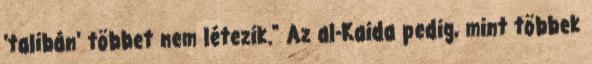
'talibán' többet nem létezik." Az al-Kaida pedig, mint többek